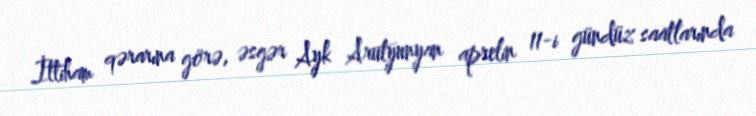
İttiham qərarına görə, əsgər Ayk Arutyunyan aprelin 11-i gündüz saatlarında